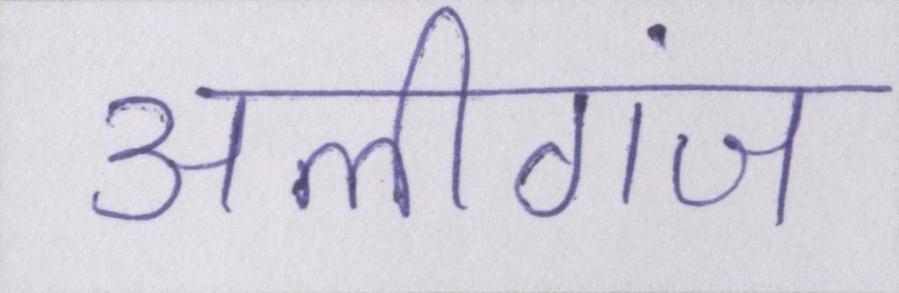
अलीगंज